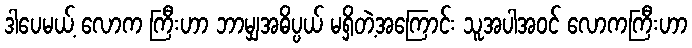
ဒါပေမယ့် လောက ကြီးဟာ ဘာမျှအဓိပ္ပယ် မရှိတဲ့အကြောင်း သူအပါအဝင် လောကကြီးဟာ